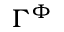
\Gamma ^ { \Phi }